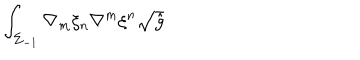
LaTeX: \int _ { \Sigma _ { - 1 } } \nabla _ { m } \xi _ { n } \nabla ^ { m } \xi ^ { n } \sqrt { \hat { g } }